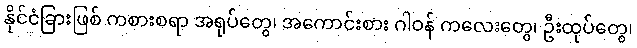
နိုင်ငံခြားဖြစ် ကစားစရာ အရုပ်တွေ၊ အကောင်းစား ဂါဝန် ကလေးတွေ၊ ဦးထုပ်တွေ၊